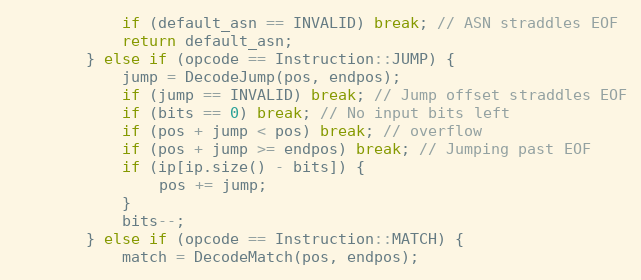
Language: C++
            if (default_asn == INVALID) break; // ASN straddles EOF
            return default_asn;
        } else if (opcode == Instruction::JUMP) {
            jump = DecodeJump(pos, endpos);
            if (jump == INVALID) break; // Jump offset straddles EOF
            if (bits == 0) break; // No input bits left
            if (pos + jump < pos) break; // overflow
            if (pos + jump >= endpos) break; // Jumping past EOF
            if (ip[ip.size() - bits]) {
                pos += jump;
            }
            bits--;
        } else if (opcode == Instruction::MATCH) {
            match = DecodeMatch(pos, endpos);